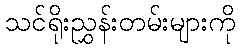
သင်ရိုးညွှန်းတမ်းများကို